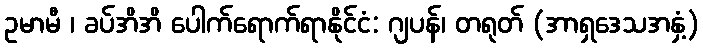
ဥမာမီ ၊ ခပ်အိအိ ပေါက်ရောက်ရာနိုင်ငံ: ဂျပန်၊ တရုတ် (အာရှဒေသအနှံ့)